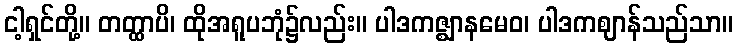
ငါ့ရှင်တို့။ တတ္ထာပိ၊ ထိုအရူပဘုံ၌လည်း။ ပါဒကဇ္ဈာနမေဝ၊ ပါဒကဈာန်သည်သာ။